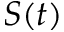
S ( t )